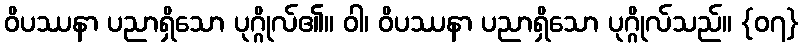
ဝိပဿနာ ပညာရှိသော ပုဂ္ဂိုလ်၏။ ဝါ၊ ဝိပဿနာ ပညာရှိသော ပုဂ္ဂိုလ်သည်။ {၀၇}